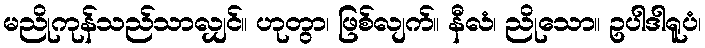
မညိုကုန်သည်သာလျှင်။ ဟုတွာ၊ ဖြစ်လျက်။ နီလံ၊ ညိုသော။ ဥပါဒါရူပံ၊